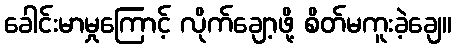
ခေါင်းမာမှုကြောင့် လိုက်ချော့ဖို့ စိတ်မကူးခဲ့ချေ။